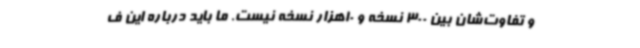
و تفاوت‌شان بین 300 نسخه و 10هزار نسخه نیست. ما باید درباره این ف